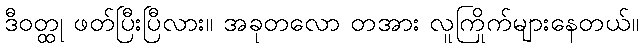
ဒီဝတ္ထု ဖတ်ပြီးပြီလား။ အခုတလော တအား လူကြိုက်များနေတယ်။